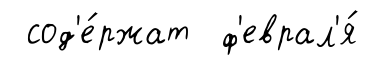
сод'е́ржат ф'еврал'я́